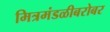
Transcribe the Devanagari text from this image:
मित्रमंडळीबरोबर